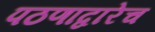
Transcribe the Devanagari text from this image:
पठणाद्वारेच